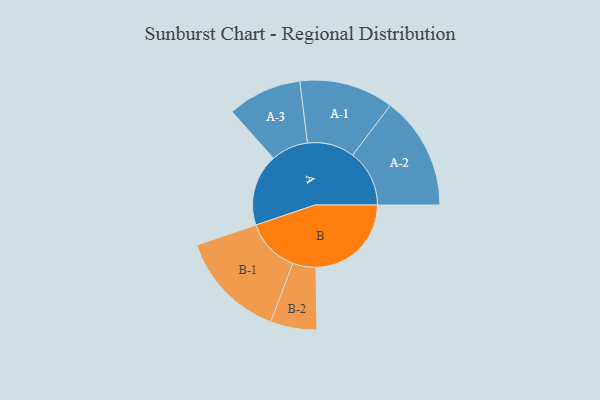
{"axis": {"x": "Segment", "y": "Value"}, "legend": ["", "A", "B"], "data": [{"x": "A", "y": 356, "type": ""}, {"x": "B", "y": 473, "type": ""}, {"x": "A-1", "y": 234, "type": "A"}, {"x": "A-2", "y": 281, "type": "A"}, {"x": "A-3", "y": 184, "type": "A"}, {"x": "B-1", "y": 268, "type": "B"}, {"x": "B-2", "y": 115, "type": "B"}]}